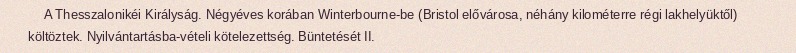
A Thesszalonikéi Királyság. Négyéves korában Winterbourne-be (Bristol elővárosa, néhány kilométerre régi lakhelyüktől) költöztek. Nyilvántartásba-vételi kötelezettség. Büntetését II.